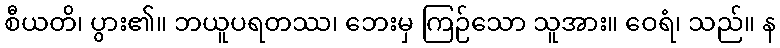
စီယတိ၊ ပွား၏။ ဘယူပရတဿ၊ ဘေးမှ ကြဉ်သော သူအား။ ဝေရံ၊ သည်။ န